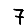
Digit: 7